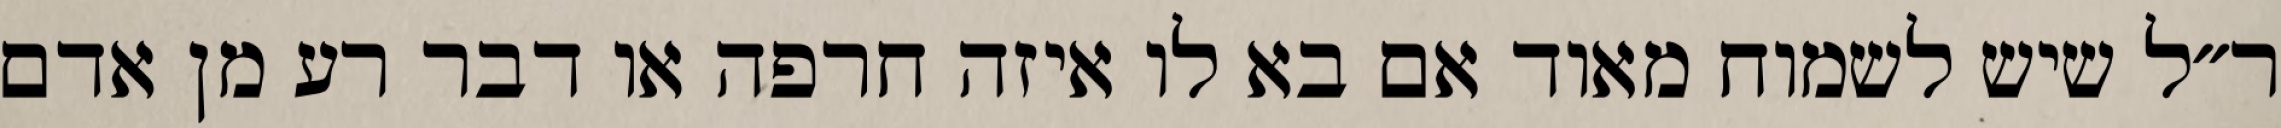
ר״ל שיש לשמוח מאוד אם בא לו איזה חרפה או דבר רע מן אדם